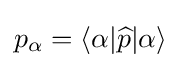
p_{\alpha }=\langle \alpha |{\widehat {p}}|\alpha \rangle